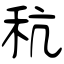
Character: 秔